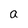
Character: a